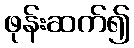
ဖုန်းဆက်၍